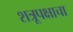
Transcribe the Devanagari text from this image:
शत्रूपक्षाचा